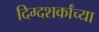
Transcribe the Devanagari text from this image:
दिग्दशर्कांच्या